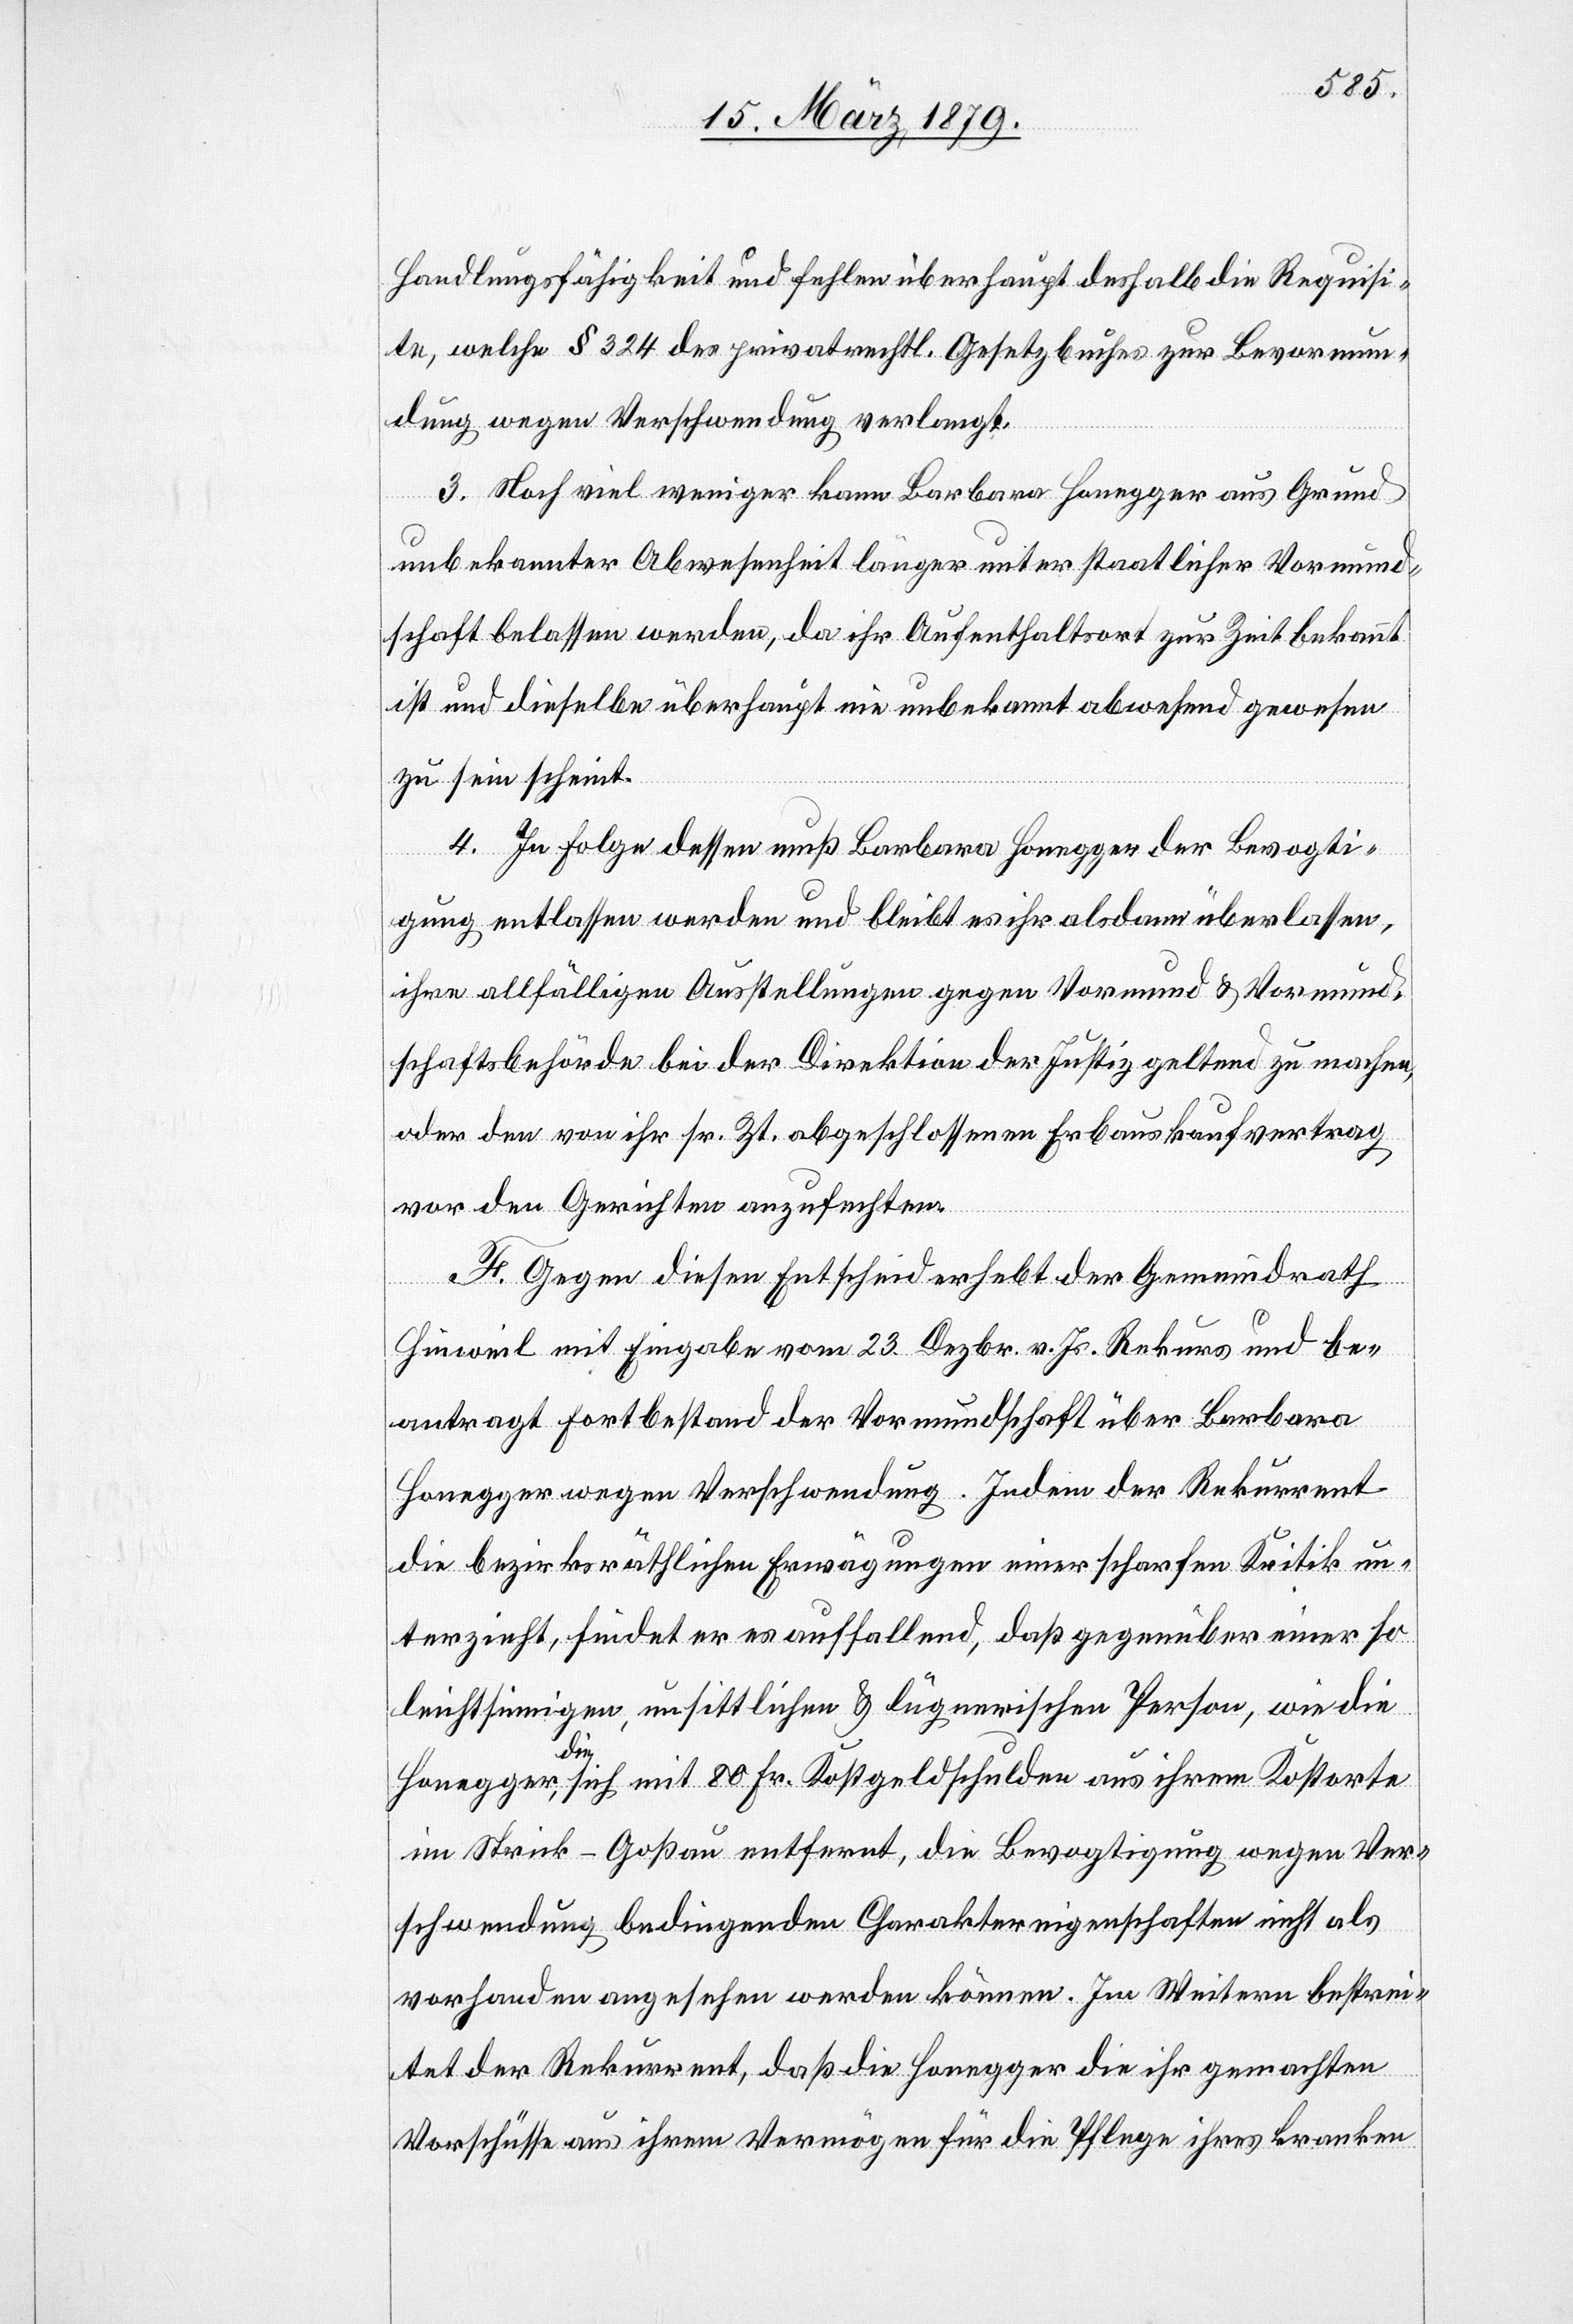
Handlungsfähigkeit und fehlen überhaupt deshalb die Requisi¬
te, welche § 324 des privatrechtl. Gesetzbuches zur Bevormun¬
dung wegen Verschwendung verlangt.
3. Noch viel weniger kann Barbara Honegger aus Grund
unbekannter Abwesenheit länger unter staatlicher Vormund¬
schaft belassen werden, da ihr Aufenthaltsort zur Zeit bekannt
ist und dieselbe überhaupt nie unbekannt abwesend gewesen
zu sein scheint.
4. In Folge dessen muß Barbara Honegger der Bevogti¬
gung entlassen werden und bleibt es ihr alsdann überlassen,
ihre allfälligen Ausstellungen gegen Vormund & Vormund¬
schaftsbehörde bei der Direktion der Justiz geltend zu machen,
oder den von ihr sr. Zt. abgeschlossenen Erbauskaufvertrag
vor den Gerichten anzufechten.
F. Gegen diesen Entscheid erhebt der Gemeindrath
Hinweil mit Eingabe vom 23. Dezbr. v. Js. Rekurs und be¬
antragt Fortbestand der Vormundschaft über Barbara
Honegger wegen Verschwendung. Indem der Rekurrent
die bezirksräthlichen Erwägungen einer scharfen Kritik un¬
terzieht, findet er es auffallend, daß gegenüber einer so
leichtsinnigen, unsittlichen & lügnerischen Person, wie die
Honegger, die sich mit 80 Fr. Kostgeldschulden aus ihrem Kostorte
im Strick - Goßau entfernt, die Bevogtigung wegen Ver¬
schwendung bedingenden Charaktereigenschaften nicht als
vorhanden angesehen werden können [sic!]. Im Weitern bestrei¬
tet der Rekurrent, daß die Honegger die ihr gemachten
Vorschüsse aus ihrem Vermögen für die Pflege ihres kranken